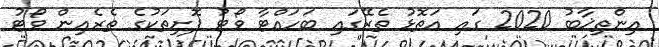
އިންތިޚާބު 2020 ގައި އަތޮޅު ތެރޭގައި ބަހައްޓާ ވޯޓު ފޮށިތަކުގެ ތެރެއިން ވޯޓު